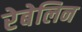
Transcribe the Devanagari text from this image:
रेबेलिन